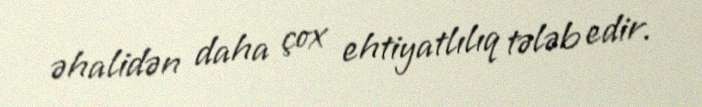
əhalidən daha çox ehtiyatlılıq tələb edir.